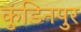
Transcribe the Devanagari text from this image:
कुंडिनपुर